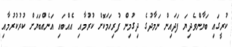
ކުރީގައި ބަޔާންވެދިޔަ ފަދައިން ނަމާދުގެ ދިގުމިން ފުރިހަމަކޮށް ކުރުމާއި އެއްބައި އަނެއްބަޔަށް ކުރުކުރުމާއި